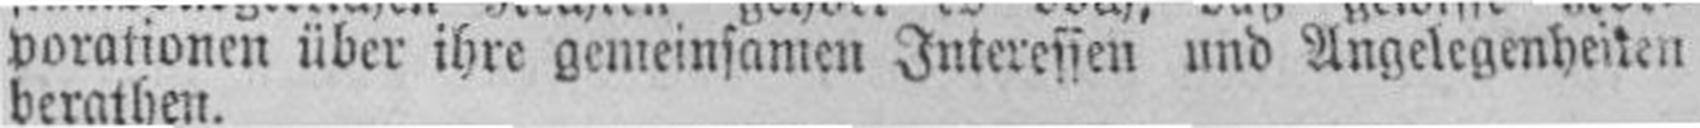
vorationen über ihre gemeinsamen Interessen und Angelegenheiten